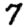
Digit: 7